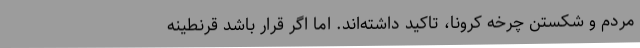
مردم و شکستن چرخه کرونا، تاکید داشته‌اند. اما اگر قرار باشد قرنطینه